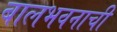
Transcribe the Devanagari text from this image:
बालभवनाची